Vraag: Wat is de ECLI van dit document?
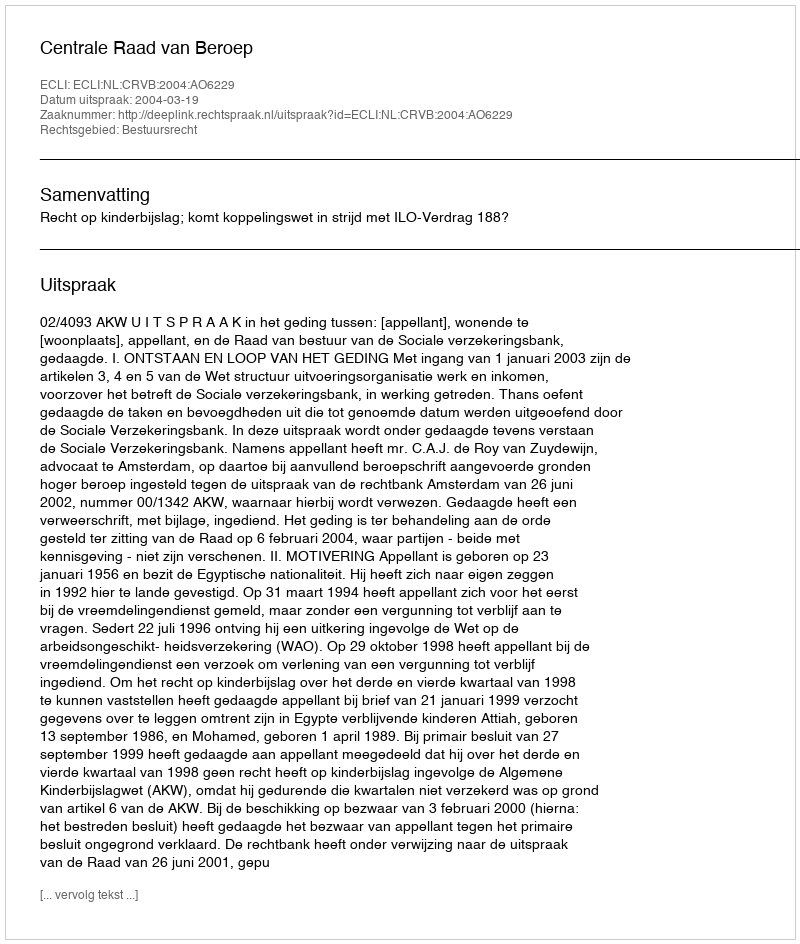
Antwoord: ECLI:NL:CRVB:2004:AO6229